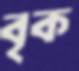
বৃক